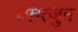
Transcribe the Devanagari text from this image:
घ्फ्ग्त्जुन